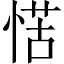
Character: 𭝩